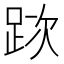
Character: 𨀥